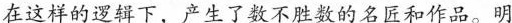
在这样的逻辑下，产生了数不胜数的名匠和作品。明